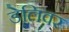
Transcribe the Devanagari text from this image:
डेलिवर